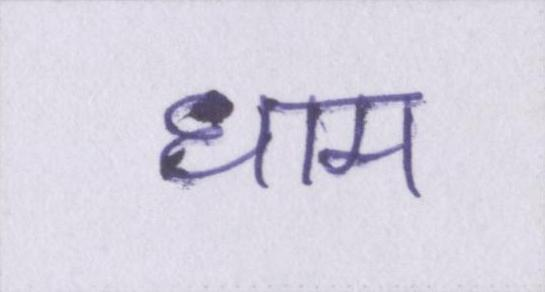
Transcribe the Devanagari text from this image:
धाम